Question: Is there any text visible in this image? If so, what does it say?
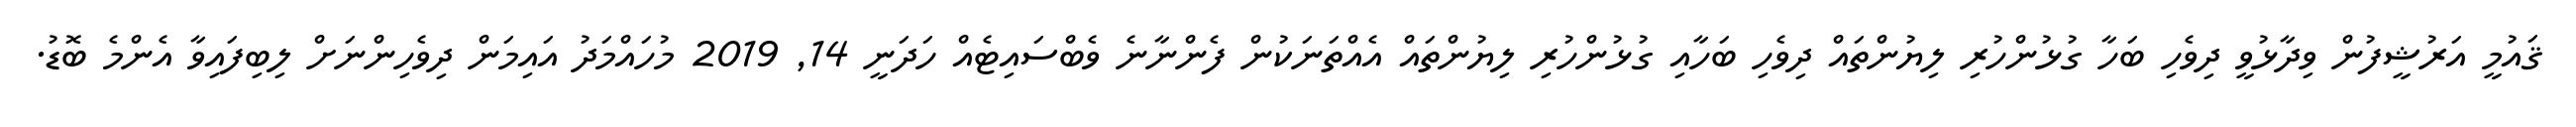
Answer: ޤައުމީ އަރުޝީފުން ވިދާޅުވީ ދިވެހި ބަހާ ގުޅުންހުރި ލިޔުންތައް ދިވެހި ބަހާއި ގުޅުންހުރި ލިޔުންތައް އެއްތަނަކުން ފެންނާނެ ވެބްސައިޓެއް ހަދަނީ 14, 2019 މުހައްމަދު އައިމަން ދިވެހިންނަށް ލިބިފައިވާ އެންމެ ބޮޑު.